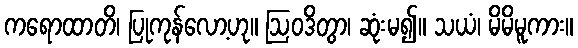
ကရောထာတိ၊ ပြုကုန်လော့ဟု။ ဩဝဒိတွာ၊ ဆုံးမ၍။ သယံ၊ မိမိမူကား။